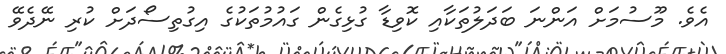
އެވެ. މޫސުމަށް އަންނަ ބަދަލުތަކާއި ކޮވިޑާ ގުޅިގެން ގައުމުތަކުގެ އިގުތިސޯދަށް ކުރި ނޭދެވޭ